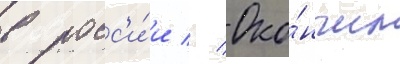
в росс'и́и // Око́нчил